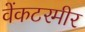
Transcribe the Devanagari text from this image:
वेंकटरमीर